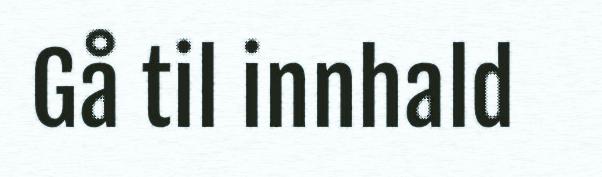
Gå til innhald